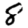
Digit: 8